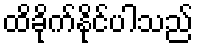
ထိခိုက်နိုင်ပါသည်